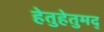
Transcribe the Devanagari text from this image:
हेतुहेतुमद्